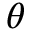
\theta